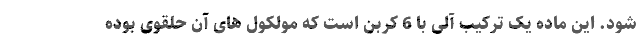
شود. این ماده یک ترکیب آلی با 6 کربن است که مولکول های آن حلقوی بوده